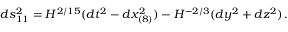
d s _ { 1 1 } ^ { 2 } = H ^ { 2 / 1 5 } ( d t ^ { 2 } - d x _ { ( 8 ) } ^ { 2 } ) - H ^ { - 2 / 3 } ( d y ^ { 2 } + d z ^ { 2 } ) \, .